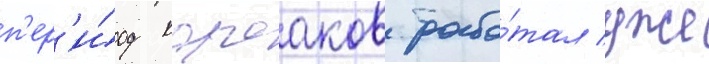
п'ер'и́од корсаков рабо́тал уже